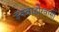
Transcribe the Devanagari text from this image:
इक्वाडोरवासी